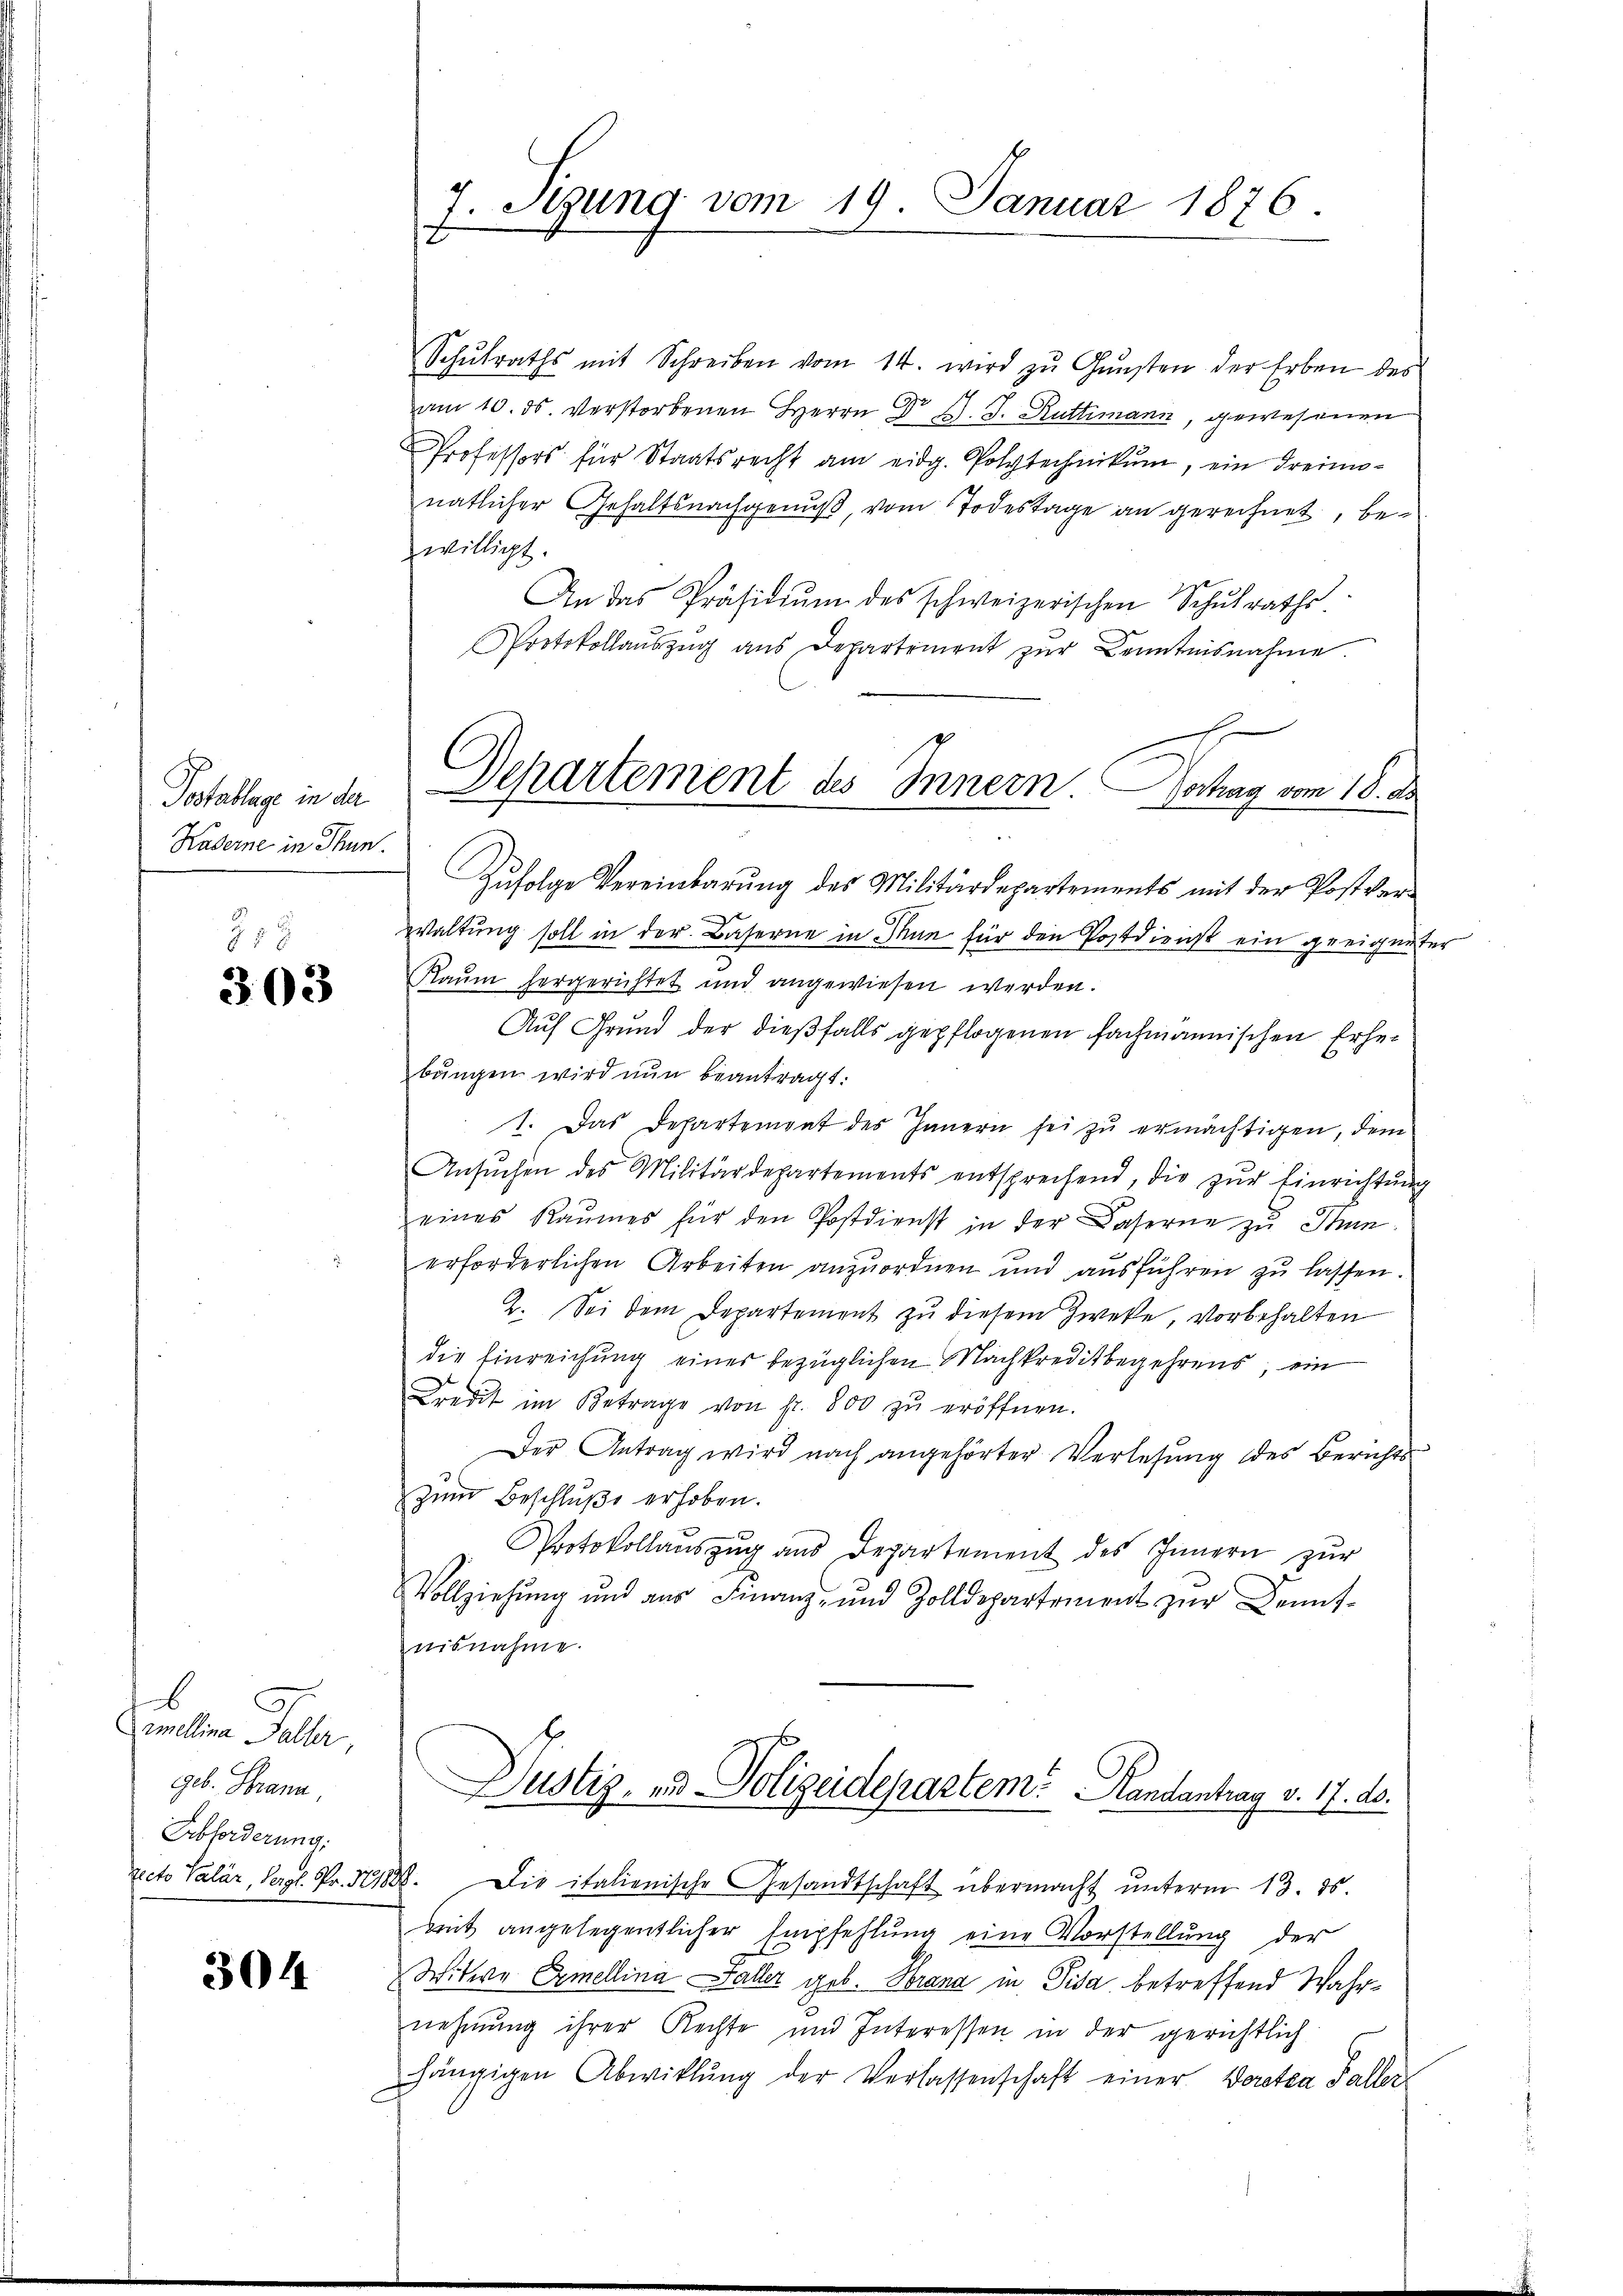
Postablage in der
Kaserne in Thun.

858
303

b
5
rmellina Balter,
geb. Strann,
Abforderung.

304

Schŭlraths mit Schreiben vom 14. wird zŭ Gŭnsten der Erben des
am 10. ds. verstorbenen Herrn Dr J. J. Rüttimann, gewesenen
Professors für Staatsrecht am eidg. Polytechnikum, ein Freimonatlicher Gehaltsnachgenuß, vom Todestage an gerechnet, bewilligt.
An das Präsidiŭm des schweizerischen Schulrathe
Protokollaŭszŭg ans Departement zŭr Kenntnisnahme.
Zufolge Vereinbarung des Militärdepartements mit der Postver¬
Waltung soll in der Baserne in Man für den Postdienst ein geeigneter
Raum hergerichtet und angewiesen werden.
Auf Grund der dießfalls gepflogenen fachmannischen Erhebŭngen wird nun beantragt:
1. Das Departement des Innern sei zu ermächtigen, dem
Ansŭchen des Militärdepartements entsprechend, die zŭr Einrichtŭng
eines Raumes für den Postdienst in der Caserne zu Inerforderlichen Arbeiten anzuordnen und ausführen zu lassen.
2. Sei dem Departement zŭ diesem Zweke, vorbehalten
die Einreichung einer bezüglichen Machkreditbegehrens, ein
Kredit im Betrage von fr. 800 zŭ eröffnen.
Der Antrag wird nach angehörter Verlesung des Berichts-
zum Beschluße erhoben.
Protokollaŭszŭg ans Departement des Innern zŭr
Vollziehung und aŭs Finanz- und Zolldepartement zŭr Benut-
nisnahme.
Dustiz- und Polizeidepartem Randantrag v. 17. ds.
recto Valár, Vergl. Pr. 31888. Die italienische Gesandtschaft übermacht unterm 13. ds.
beit angelegentlicher Empfehlung eine Vorstellung der
Witwe Ermellina Galler geb. Brana in Pisa betreffend Wahrnehmung ihrer Rechte und Interessen in der gerichtlich
hängigen Abwiklŭng der Verlassenschaft einer Vorstea Faller

7. Sigung vom 19. Januar 1876
e

1
Departement des Innern. Hochag vom 18. De